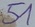
Text: 51